Reports on military cantonments and civil stations in the Presidency of Bombay inspected by the Sanitary Commissioner in the years 1875 and 1876
Year: 1875
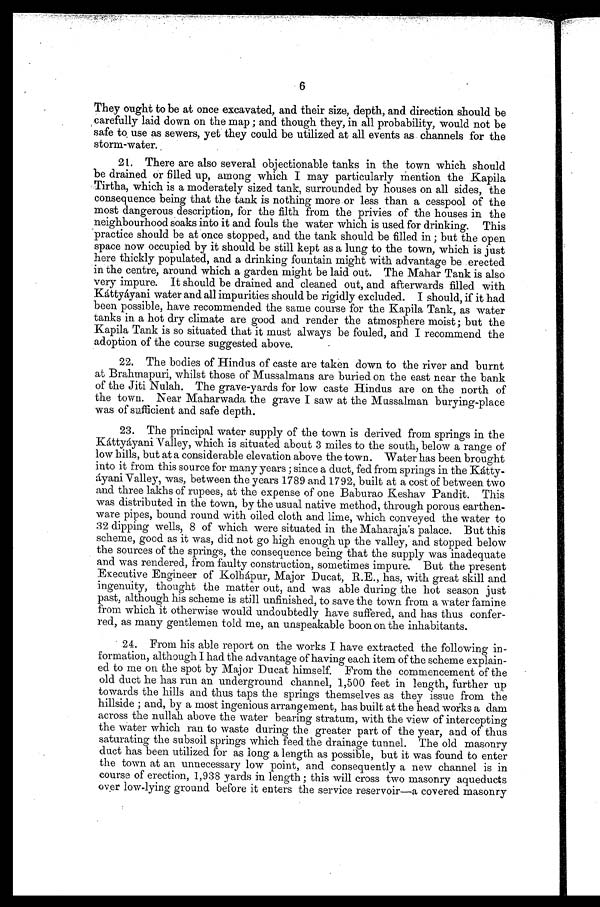
6
They ought to be at once excavated, and their size, depth, and direction should be
carefully laid down on the map ; and though they, in all probability, would not be
safe to use as sewers, yet they could be utilized at all events as channels for the
storm-water.
21. There are also several objectionable tanks in the town which should
be drained or filled up, among which I may particularly mention the Kapila
Tirtha, which is a moderately sized tank, surrounded by houses on all sides, the
consequence being that the tank is nothing more or less than a cesspool of the
most dangerous description, for the filth from the privies of the houses in the
neighbourhood soaks into it and fouls the water which is used for drinking. This
practice should be at once stopped, and the tank should be filled in ; but the open
space now occupied by it should be still kept as a lung to the town, which is just
here thickly populated, and a drinking fountain might with advantage be erected
in the centre, around which a garden might be laid out. The Mahar Tank is also
very impure. It should be drained and cleaned out, and afterwards filled with
Káttyáyani water and all impurities should be rigidly excluded. I should, if it had
been possible, have recommended the same course for the Kapila Tank, as water
tanks in a hot dry climate are good and render the atmosphere moist ; but the
Kapila Tank is so situated that it must always be fouled, and I recommend the
adoption of the course suggested above.
22. The bodies of Hindus of caste are taken down to the river and burnt
at Brahmapuri, whilst those of Mussalmans are buried on the east near the bank
of the Jiti Nulah. The grave-yards for low caste Hindus are on the north of
the town. Near Maharwada the grave I saw at the Mussalman burying-place
was of sufficient and safe depth.
23. The principal water supply of the town is derived from springs in the
Káttyáyani Valley, which is situated about 3 miles to the south, below a range of
low hills, but at a considerable elevation above the town. Water has been brought
into it from this source for many years ; since a duct, fed from springs in the Kátty-
á y a n i V a l l e y , w a s , b e t w e e n t h e y e a r s1
7 8 9
a n d
1 7 9 2 ,
b u i l t a t a c o s t o f b e t w e e n t w o
and three lakhs of rupees, at the expense of one Baburao Keshav Pandit. This
was distributed in the town, by the usual native method, through porous earthen-
ware pipes, bound round with oiled cloth and lime, which conveyed the water to
32 dipping wells, 8 of which were situated in the Maharaja's palace. But this
scheme, good as it was, did not go high enough up the valley, and stopped below
the sources of the springs, the consequence being that the supply was inadequate
and was rendered, from faulty construction, sometimes impure. But the present
Executive Engineer of Kolhápur, Major Ducat, R.E., has, with great skill and
ingenuity, thought the matter out, and was able during the hot season just
past, although his scheme is still unfinished, to save the town from a water famine
from which it otherwise would undoubtedly have suffered, and has thus confer-
red, as many gentlemen told me, an unspeakable boon on the inhabitants.
24. From his able report on the works I have extracted the following in-
formation, although I had the advantage of having each item of the scheme explain-
ed to me on the spot by Major Ducat himself. From the commencement of the
old duct he has run an underground channel, 1,500 feet in length, further up
towards the hills and thus taps the springs themselves as they issue from the
hillside ; and, by a most ingenious arrangement, has built at the head works a dam
across the nullah above the water bearing stratum, with the view of intercepting
the water which ran to waste during the greater part of the year, and of thus
saturating the subsoil springs which feed the drainage tunnel. The old masonry
duct has been utilized for as long a length as possible, but it was found to enter
the town at an unnecessary low point, and consequently a new channel is in
course of erection, 1,938 yards in length ; this will cross two masonry aqueducts
over low-lying ground before it enters the service reservoir—a covered masonry